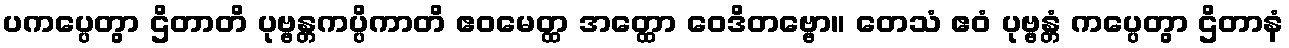
ပကပ္ပေတွာ ဌိတာတိ ပုဗ္ဗန္တကပ္ပိကာတိ ဧဝမေတ္ထ အတ္ထော ဝေဒိတဗ္ဗော။ တေသံ ဧဝံ ပုဗ္ဗန္တံ ကပ္ပေတွာ ဌိတာနံ